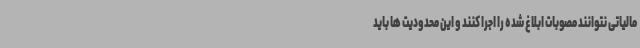
مالیاتی نتوانند مصوبات ابلاغ شده را اجرا کنند و این محدودیت ها باید